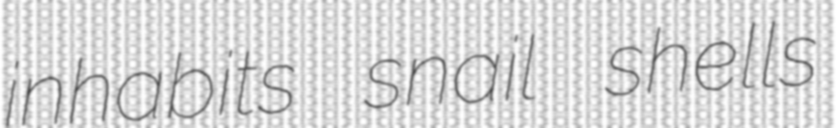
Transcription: inhabits snail shells